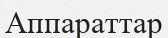
Аппараттар